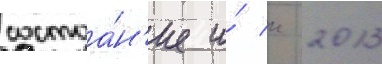
состоа́н'ие и́ к 2013